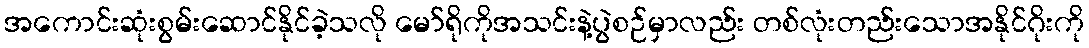
အကောင်းဆုံးစွမ်းဆောင်နိုင်ခဲ့သလို မော်ရိုကိုအသင်းနဲ့ပွဲစဉ်မှာလည်း တစ်လုံးတည်းသောအနိုင်ဂိုးကို